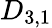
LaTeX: D_{3,1}